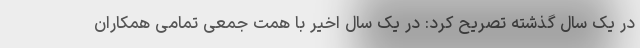
در یک سال گذشته تصریح کرد: در یک سال اخیر با همت جمعی تمامی همکاران